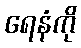
ရေနံကို